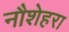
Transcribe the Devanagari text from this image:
नौशेहरा